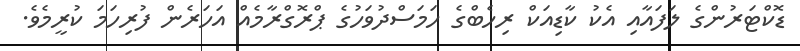
ޑޮކްޓަރުންގެ ލަފައާއި އެކު ކާޑިއަކް ރިހެބްގެ ހަމަސްދުވަހުގެ ޕްރޮގްރާމެއް އަހަރެން ފުރިހަމަ ކުރީމެވެ.